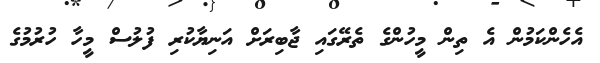
އެހެންކަމުން އެ ތިން މީހުންގެ ތެރޭގައި ޖާބިރަށް އަނިޔާކުރި ފުލުސް މީހާ ހުރުމުގެ